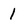
Character: 1